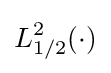
L_{1/2}^{2}(\cdot )